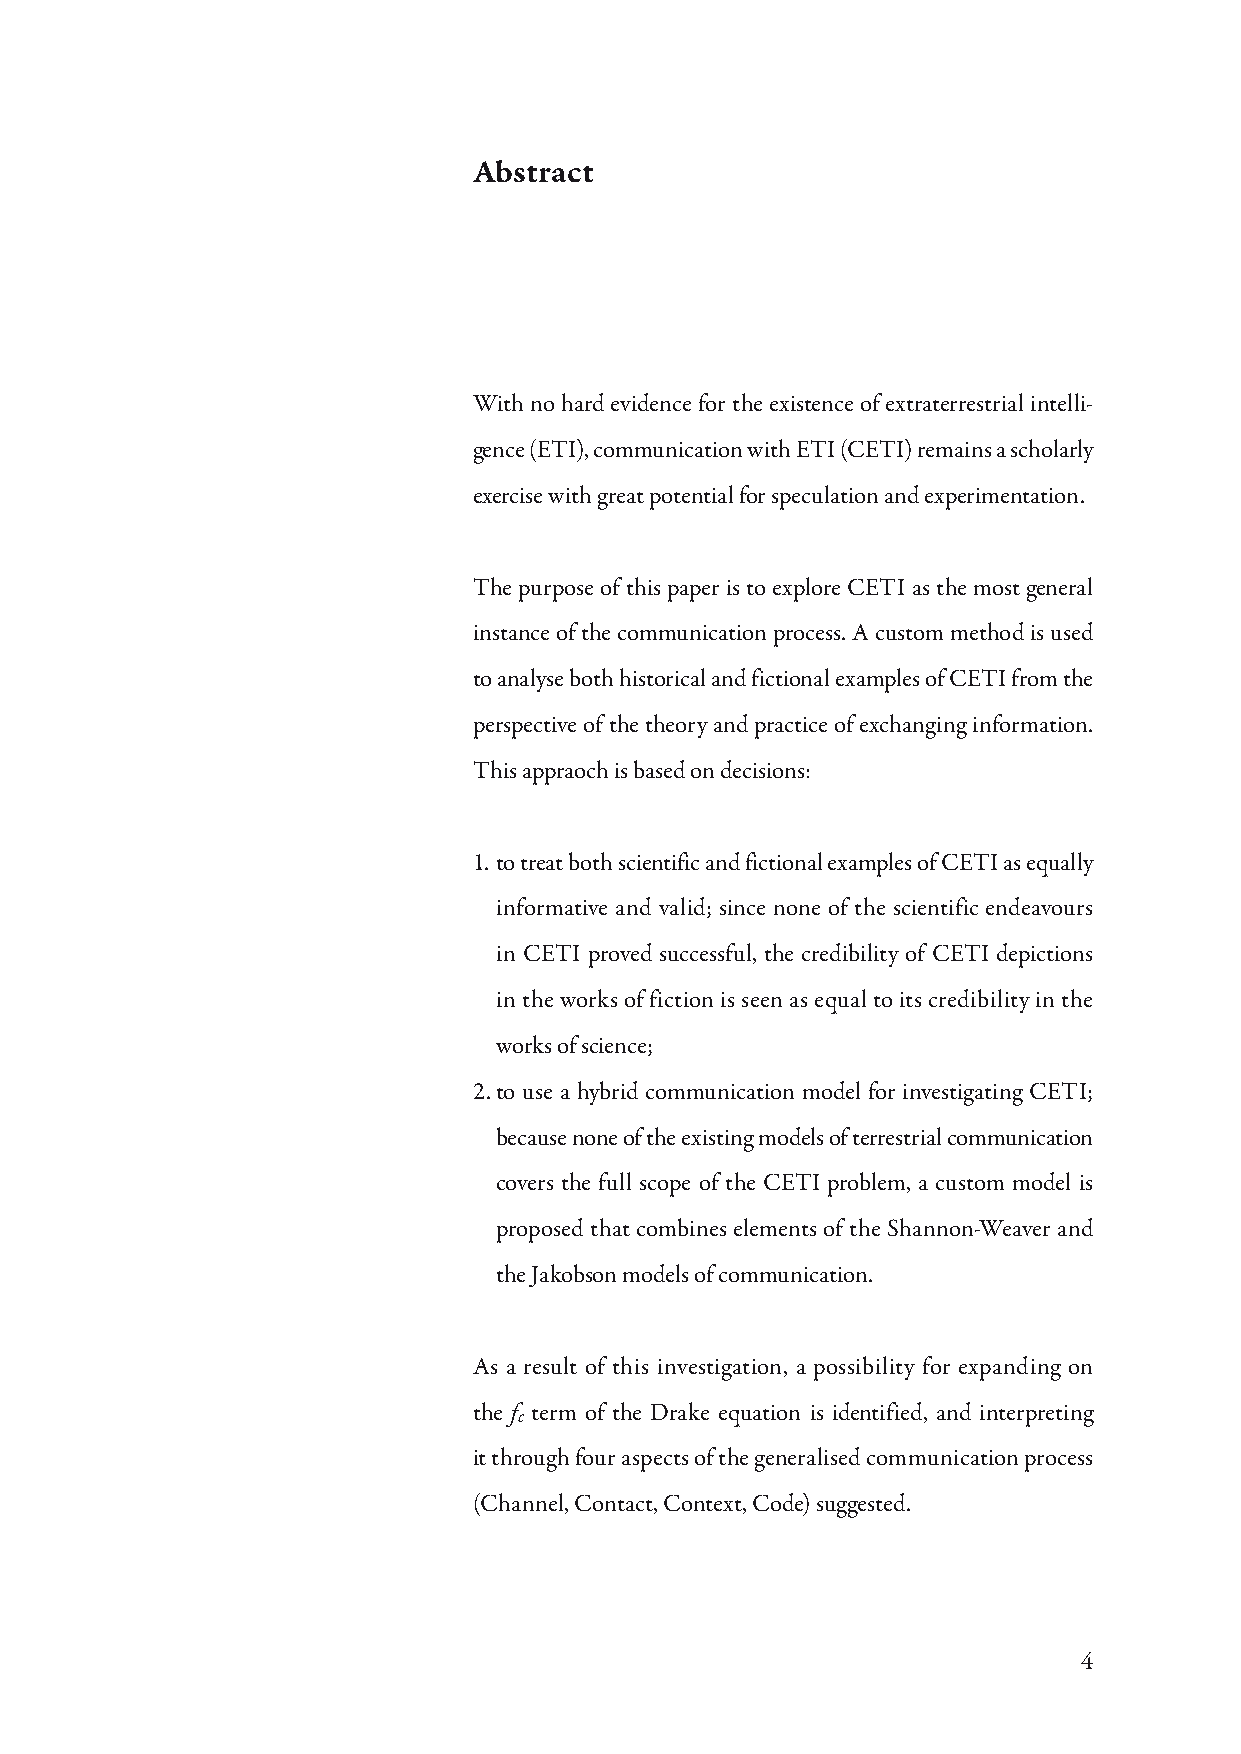
Abstract
 With no hard evidence for the existence of extraterrestrial intelli-
 gence (ETI), communication with ETI (CETI) remains a scholarly
 exercise with great potential for speculation and experimentation.
 The purpose of this paper is to explore CETI as the most general
 instance of the communication process. A custom method is used
 to analyse both historical and fictional examples of CETI from the
 perspective of the theory and practice of exchanging information.
 This appraoch is based on decisions:
 1. to treat both scientific and fictional examples of CETI as equally
 informative and valid; since none of the scientific endeavours
 in CETI proved successful, the credibility of CETI depictions
 in the works of fiction is seen as equal to its credibility in the
 works of science;
 2. to use a hybrid communication model for investigating CETI;
 because none of the existing models of terrestrial communication
 covers the full scope of the CETI problem, a custom model is
 proposed that combines elements of the Shannon-Weaver and
 the Jakobson models of communication.
 As a result of this investigation, a possibility for expanding on
 the fc term of the Drake equation is identified, and interpreting
 it through four aspects of the generalised communication process
 (Channel, Contact, Context, Code) suggested.
 4